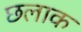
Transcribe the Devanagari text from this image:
छलाक